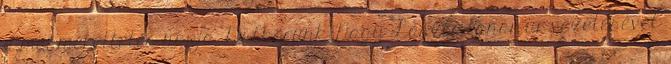
a megmérettetés napja. Dalkörünk Nagy László tanár úr vezetésével